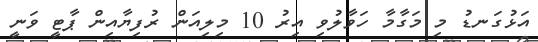
އަޅުގަނޑު މި މަގާމާ ހަވާލުވި އިރު 10 މިލިއަން ރުފިޔާއިން ޕާޓީ ވަނީ